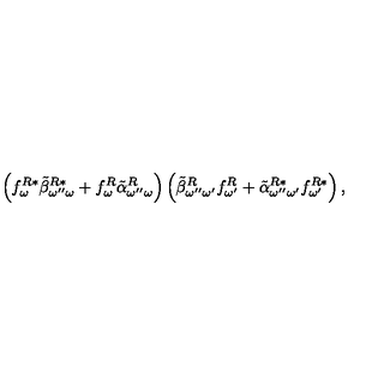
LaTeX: \left( f _ { \omega } ^ { R * } \tilde { \beta } _ { \omega ^ { \prime \prime } \omega } ^ { R * } + f _ { \omega } ^ { R } \tilde { \alpha } _ { \omega ^ { \prime \prime } \omega } ^ { R } \right) \left( \tilde { \beta } _ { \omega ^ { \prime \prime } \omega ^ { \prime } } ^ { R } f _ { \omega ^ { \prime } } ^ { R } + \tilde { \alpha } _ { \omega ^ { \prime \prime } \omega ^ { \prime } } ^ { R * } f _ { \omega ^ { \prime } } ^ { R * } \right) ,